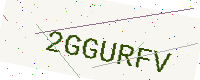
Text: 2GGURFV